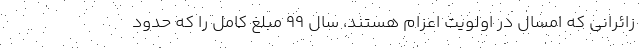
زائرانی که امسال در اولویت اعزام هستند، سال ۹۹ مبلغ کامل را که حدود